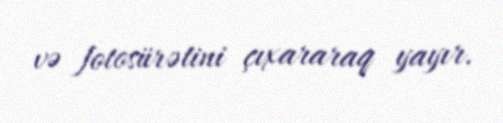
və fotosürətini çıxararaq yayır.